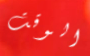
الوقت